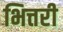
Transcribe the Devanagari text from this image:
भित्तरी